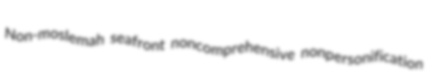
Non-moslemah seafront noncomprehensive nonpersonification